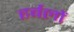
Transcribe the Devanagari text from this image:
हर्बलों